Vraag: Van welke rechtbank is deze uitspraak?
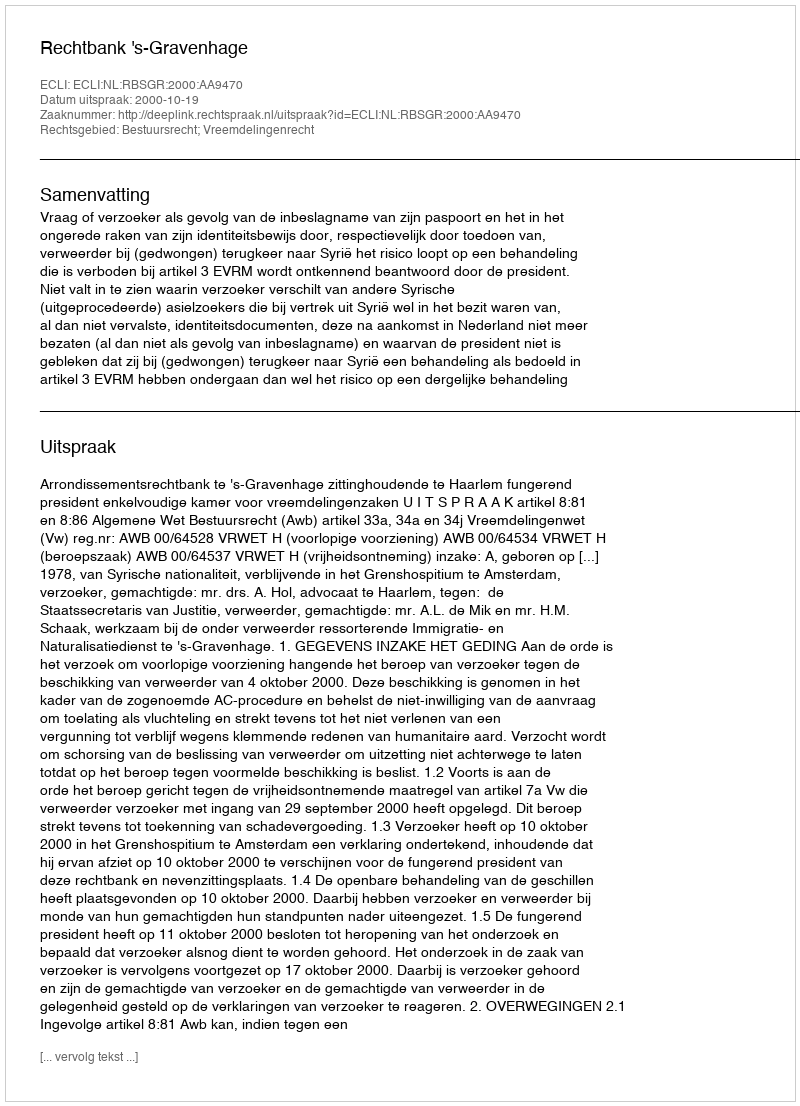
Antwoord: Rechtbank 's-Gravenhage